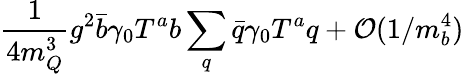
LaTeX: \frac{1}{4m_{Q}^{3}}g^{2}\bar{b}\gamma_{0}T^{a}b\sum_{q}\bar{q}\gamma_{0}T^{a}q+{\cal O}(1/m_{b}^{4})